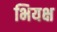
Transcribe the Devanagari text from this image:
भियक्ष